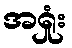
အရှုံး